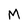
Character: M